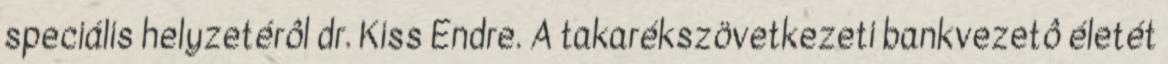
speciális helyzetérôl dr. Kiss Endre. A takarékszövetkezeti bankvezetô életét